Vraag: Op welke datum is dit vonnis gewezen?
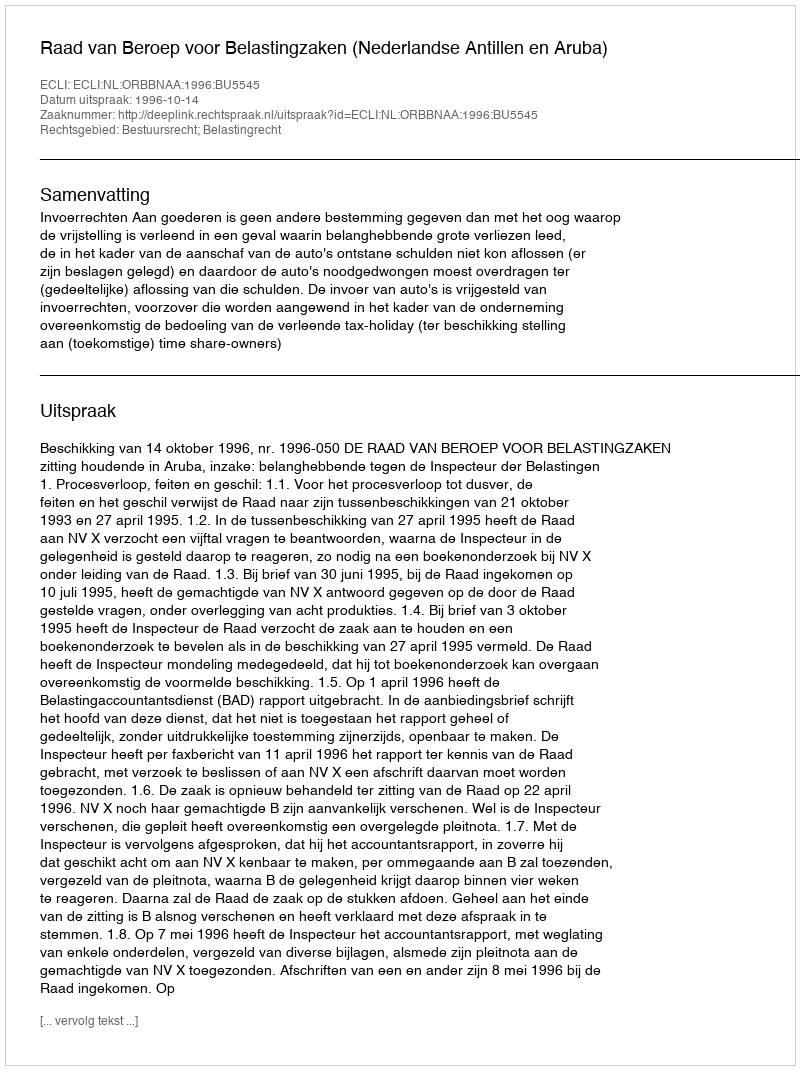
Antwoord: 1996-10-14